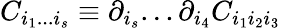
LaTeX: C_{i_{1}...i_{s}}\equiv\partial_{i_{s}}...\partial_{i_{4}}C_{i_{1}i_{2}i_{3}}